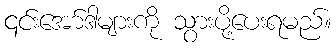
၎င်းအော်ဒါများကို သွားပို့ပေးရမည်။